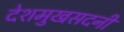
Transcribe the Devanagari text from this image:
देशमुखसदनीं